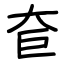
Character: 奆